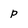
Character: p